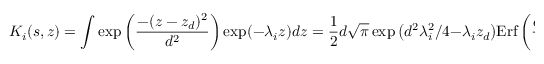
K _ { i } ( s , z ) = \int \exp \bigg ( \displaystyle \frac { - ( z - z _ { d } ) ^ { 2 } } { d ^ { 2 } } \bigg ) \exp ( - \lambda _ { i } z ) d z = \frac { 1 } { 2 } d \sqrt { \pi } \exp \big ( d ^ { 2 } \lambda _ { i } ^ { 2 } / 4 - \lambda _ { i } z _ { d } \big ) \mathrm { E r f } \, { \bigg ( \frac { d \lambda _ { i } } { 2 } + \frac { z - z _ { d } } { d } \bigg ) }